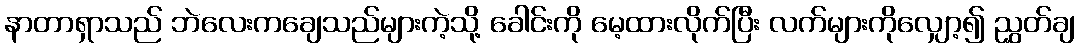
နာတာရှာသည် ဘဲလေးကချေသည်များကဲ့သို့ ခေါင်းကို မေ့ထားလိုက်ပြီး လက်များကိုလျှော့၍ ညွှတ်ချ